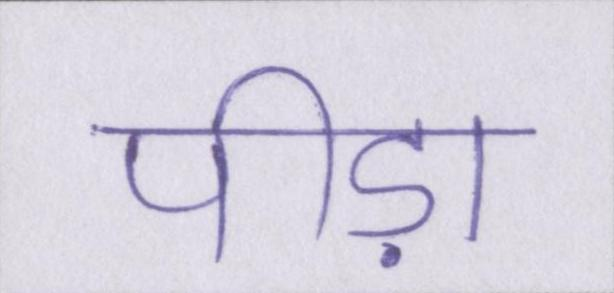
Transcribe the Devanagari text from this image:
पीड़ा